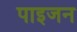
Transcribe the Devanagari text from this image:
पाइजन